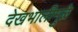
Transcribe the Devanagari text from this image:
देखभालीमुळे